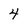
Character: 4